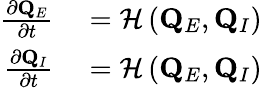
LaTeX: \begin{array}{rl}{\frac{\partial\mathbf{Q}_{E}}{\partial t}}&{{}=\mathcal{H}\left(\mathbf{Q}_{E},\mathbf{Q}_{I}\right)}\\ {\frac{\partial\mathbf{Q}_{I}}{\partial t}}&{{}=\mathcal{H}\left(\mathbf{Q}_{E},\mathbf{Q}_{I}\right)}\end{array}